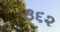
૩૬૨